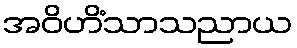
အဝိဟိံသာသညာယ